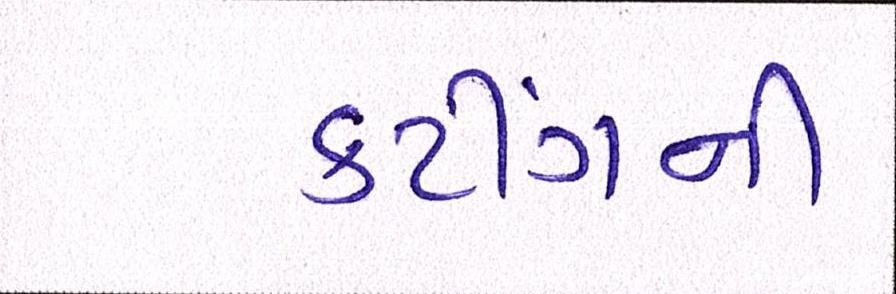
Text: કટીંગની